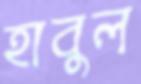
হাবুল